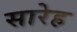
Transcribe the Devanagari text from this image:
सारेह